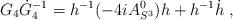
LaTeX: \begin{align*}G_{4}\dot{G}_{4}^{-1}=h^{-1}(-4iA_{S^{3}}^{0})h+h^{-1}\dot{h}\;,\end{align*}